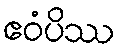
ဧဝံပိဿ